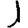
Digit: 1